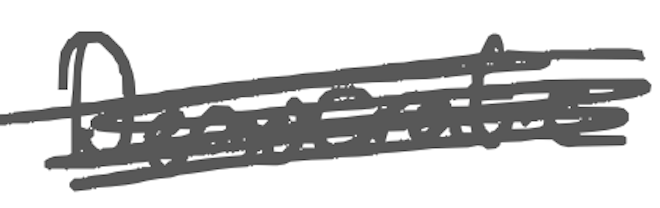
Text: Democratic
Cross-out: scratch
Writing tool: digital_gray